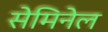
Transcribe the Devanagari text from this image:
सेमिनेल